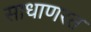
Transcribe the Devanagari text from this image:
साधाणरत